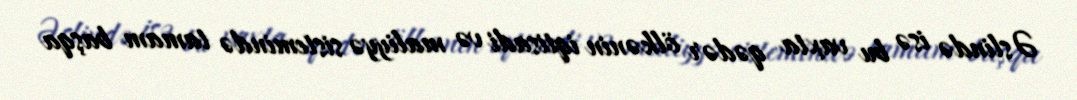
Əslində isə bu vaxta qədər ölkənin iqtisadi və maliyyə sistemində tamam başqa